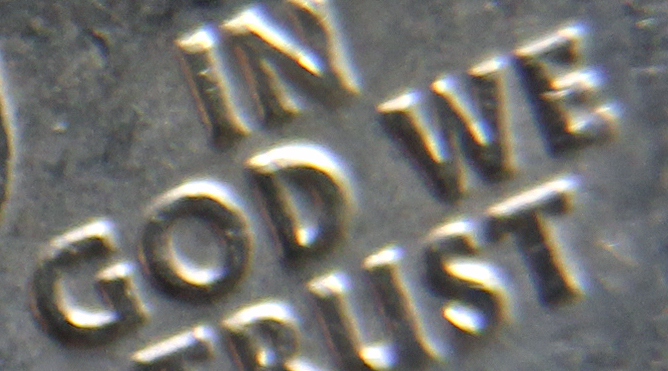
GOD WE